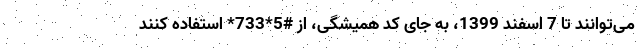
می‌توانند تا 7 اسفند 1399، به جای کد همیشگی، از #5*733* استفاده کنند